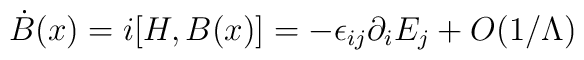
\dot B(x)=i[H, B(x)] =-\epsilon_{ij}\partial_iE_j +O(1/\Lambda)